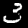
Label: 3